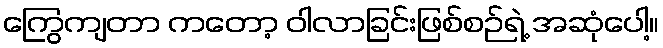
ကြွေကျတာ ကတော့ ဝါလာခြင်းဖြစ်စဉ်ရဲ့ အဆုံပေါ့။